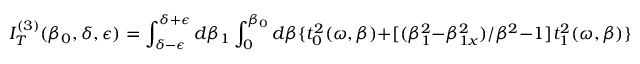
I _ { T } ^ { ( 3 ) } ( { \beta } _ { 0 } , \delta , \epsilon ) = \int _ { \delta - \epsilon } ^ { \delta + \epsilon } d { \beta } _ { 1 } \int _ { 0 } ^ { { \beta } _ { 0 } } d { \beta } \{ t _ { 0 } ^ { 2 } ( { \omega } , { \beta } ) + [ ( { \beta } _ { 1 } ^ { 2 } - { \beta } _ { 1 x } ^ { 2 } ) / { \beta } ^ { 2 } - 1 ] t _ { 1 } ^ { 2 } ( { \omega } , { \beta } ) \} I _ { \alpha } ^ { ( { \bf 2 3 } ) } ( { \beta } _ { 0 } , { \beta } )